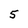
Character: 5